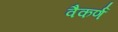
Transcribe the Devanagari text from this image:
वैकर्ण